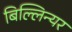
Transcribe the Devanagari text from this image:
बिल्लिन्यर